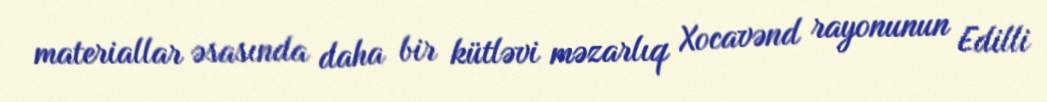
materiallar əsasında daha bir kütləvi məzarlıq Xocavənd rayonunun Edilli